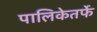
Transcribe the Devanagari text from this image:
पालिकेतर्फे